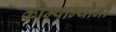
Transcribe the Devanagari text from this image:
कोम्पान्योनी